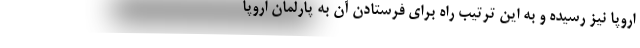
اروپا نیز رسیده و به این ترتیب راه برای فرستادن آن به پارلمان اروپا